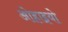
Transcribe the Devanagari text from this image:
ओहाइयो